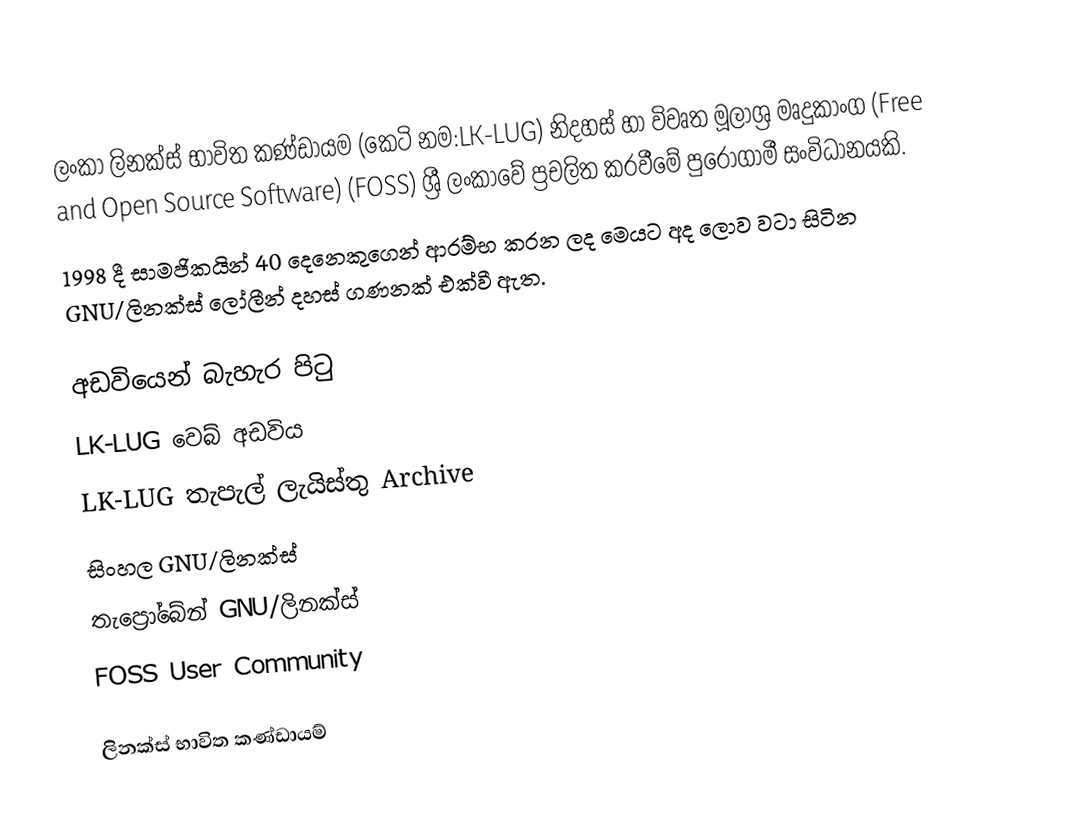
ලංකා ලිනක්ස් භාවිත කණ්ඩායම (කෙටි නම​:LK-LUG) නිදහස් හා විවෘත මූලාශ්‍ර මෘදුකාංග (Free and Open Source Software) (FOSS) ශ්‍රී ලංකාවේ ප්‍රචලිත කරවීමේ පුරෝගාමී සංවිධානයකි.
1998 දී සාමජිකයින් 40 දෙනෙකුගෙන් ආරම්භ කරන ලද මෙයට අද ලොව වටා සිටින GNU/ලිනක්ස් ලෝලීන් දහස් ගණනක් එක්වී ඇත.

අඩවියෙන් බැහැර පිටු
LK-LUG වෙබ් අඩවිය
LK-LUG තැපැල් ලැයිස්තු Archive
සිංහල GNU/ලිනක්ස්
තැප්‍රෝබේන් GNU/ලිනක්ස්
FOSS User Community

ලිනක්ස් භාවිත කණ්ඩායම්